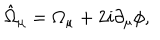
\hat { \Omega } _ { \mu } = \Omega _ { \mu } + 2 i \partial _ { \mu } \phi ,